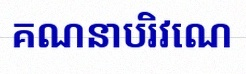
គណនាបរិវេណ